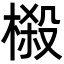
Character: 榝